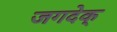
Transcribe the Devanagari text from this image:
जगदेक्